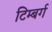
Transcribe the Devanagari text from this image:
टिम्बर्ग